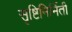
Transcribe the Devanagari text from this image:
सृष्टिनिर्मिती